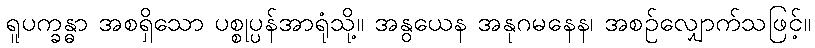
ရူပက္ခန္ဓာ အစရှိသော ပစ္စုပ္ပန်အာရုံသို့။ အနွယေန အနုဂမနေန၊ အစဉ်လျှောက်သဖြင့်။